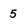
Character: 5